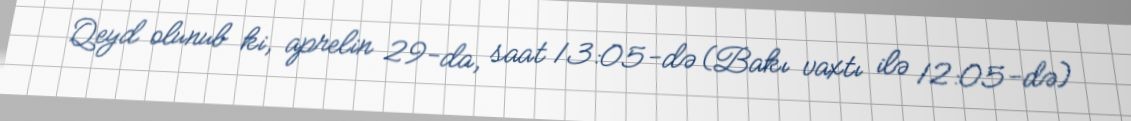
Qeyd olunub ki, aprelin 29-da, saat 13:05-də (Bakı vaxtı ilə 12:05-də)